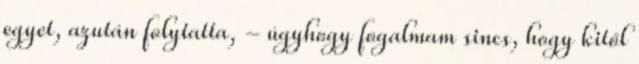
egyet, azután folytatta, - úgyhogy fogalmam sincs, hogy kitől